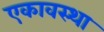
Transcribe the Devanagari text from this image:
एकावस्था